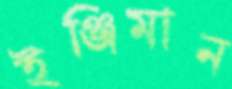
ইঞ্জিমান